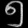
Digit: ၅